Indian journal of veterinary science and animal husbandry - Volume 4,
Year: 1934
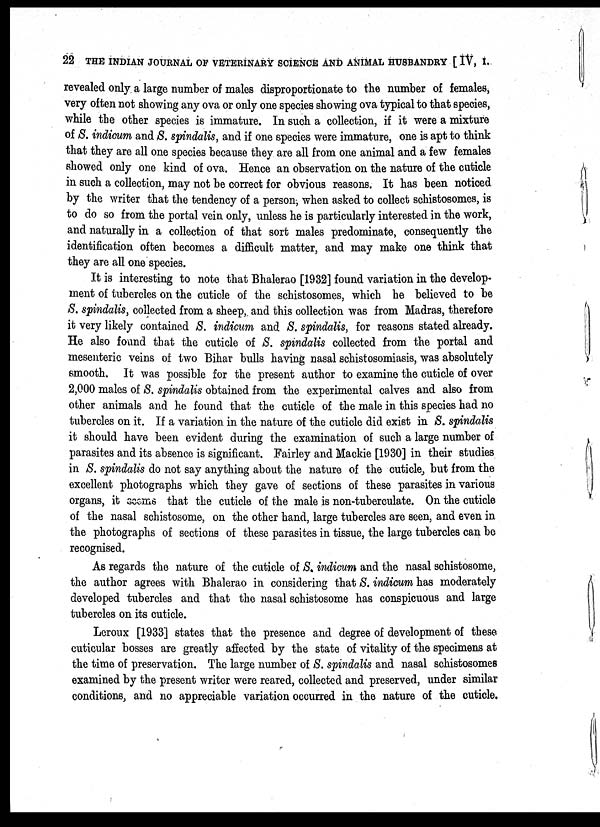
22 THE INDIAN JOURNAL OF VETERINARY SCIENCE AND ANIMAL HUSBANDRY [ IV, I.
revealed only a large number of males disproportionate to the number of females,
very often not showing any ova or only one species showing ova typical to that species,
while the other species is immature. In such a collection, if it were a mixture
of S. indicum and S. spindalis, and if one species were immature, one is apt to think
that they are all one species because they are all from one animal and a few females
showed only one kind of ova. Hence an observation on the nature of the cuticle
in such a collection, may not be correct for obvious reasons. It has been noticed
by the writer that the tendency of a person, when asked to collect schistosomes, is
to do so from the portal vein only, unless he is particularly interested in the work,
and naturally in a collection of that sort males predominate, consequently the
identification often becomes a difficult matter, and may make one think that
they are all one species.
It is interesting to note that Bhalerao [1932] found variation in the develop-
ment of tubercles on the cuticle of the schistosomes, which he believed to be
S. spindalis, collected from a sheep, and this collection was from Madras, therefore
it very likely contained S. indicum and S. spindalis, for reasons stated already.
He also found that the cuticle of S. spindalis collected from the portal and
mesenteric veins of two Bihar bulls having nasal schistosomiasis, was absolutely
smooth. It was possible for the present author to examine the cuticle of over
2,000 males of S. spindalis obtained from the experimental calves and also from
other animals and he found that the cuticle of the male in this species had no
tubercles on it. If a variation in the nature of the cuticle did exist in S. spindalis
it should have been evident during the examination of such a large number of
parasites and its absence is significant. Fairley and Mackie [1930] in their studies
in S. spindalis do not say anything about the nature of the cuticle, but from the
excellent photographs which they gave of sections of these parasites in various
organs, it seems that the cuticle of the male is non-tuberculate. On the cuticle
of the nasal schistosome, on the other hand, large tubercles are seen, and even in
the photographs of sections of these parasites in tissue, the large tubercles can be
recognised.
As regards the nature of the cuticle of S. indicum and the nasal schistosome,
the author agrees with Bhalerao in considering that S. indicum has moderately
developed tubercles and that the nasal schistosome has conspicuous and large
tubercles on its cuticle.
Leroux [1933] states that the presence and degree of development of these
cuticular bosses are greatly affected by the state of vitality of the specimens at
the time of preservation. The large number of S. spindalis and nasal schistosomes
examined by the present writer were reared, collected and preserved, under similar
conditions, and no appreciable variation occurred in the nature of the cuticle.